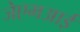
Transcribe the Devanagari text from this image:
जेएमआई